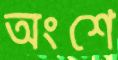
অংশে